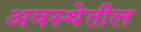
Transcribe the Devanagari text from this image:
अवस्‍थेतील